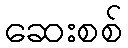
ဆေးစစ်